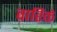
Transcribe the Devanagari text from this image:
वारिकें